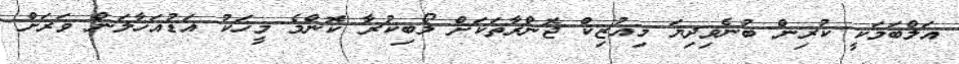
އަލްބަމަކީ ކުރިން ބުނެވިދިޔަ މިއުޒިކް ޖޮންރާތަކަށް ލޯބިކުރާ ކޮންމެ މީހަކު އަޑުއަހާލަން ވަރަށް